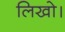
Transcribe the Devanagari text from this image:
लिखो।